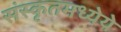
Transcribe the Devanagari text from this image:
संस्कृतमध्येये